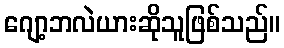
ဂျော့ဘလဲယားဆိုသူဖြစ်သည်။